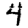
Digit: 4